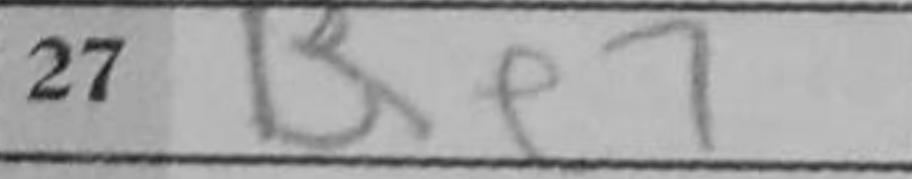
Transcription: Be7